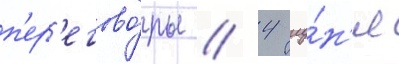
п'ер'егово́ры // 4 иу́н'я